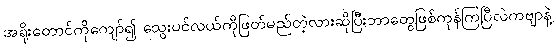
အရိုးတောင်ကိုကျော်၍ သွေးပင်လယ်ကိုဖြတ်မည်တဲ့လားဆိုပြီးဘာတွေဖြစ်ကုန်ကြပြီလဲကဗျာနဲ့